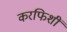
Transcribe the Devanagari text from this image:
करफिशीं